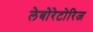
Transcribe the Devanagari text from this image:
लेबोरेटोरिज